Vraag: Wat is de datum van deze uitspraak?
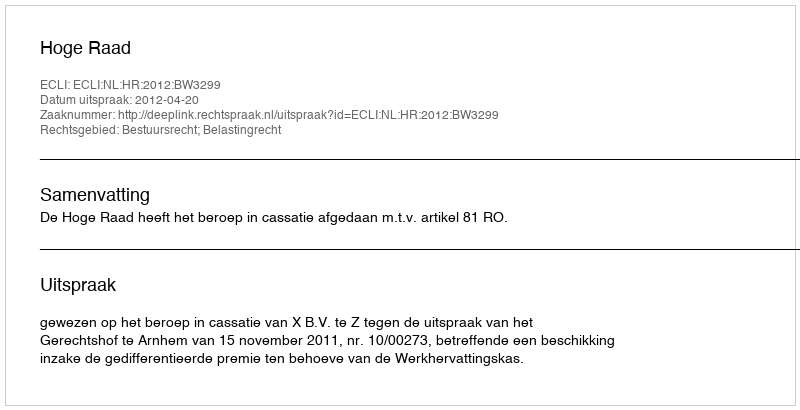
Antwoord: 2012-04-20